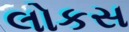
લોકસ